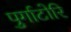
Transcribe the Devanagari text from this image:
पुर्गाटोरि